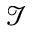
\mathcal { I }